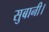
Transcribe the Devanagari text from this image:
सुबानी।